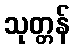
သုတ္တန်